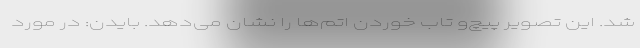
شد. این تصویر پیچ‌و تاب خوردن اتم‌ها را نشان ‌می‌دهد. بایدن: در مورد